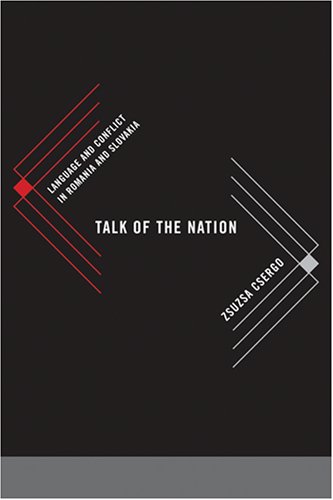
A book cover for Talk of the Nation: Language and Conflict in Romania and Slovakia; Zsuzsa Csergo; History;